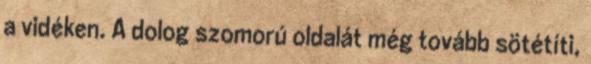
a vidéken. A dolog szomorú oldalát még tovább sötétíti,